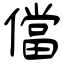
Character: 儅